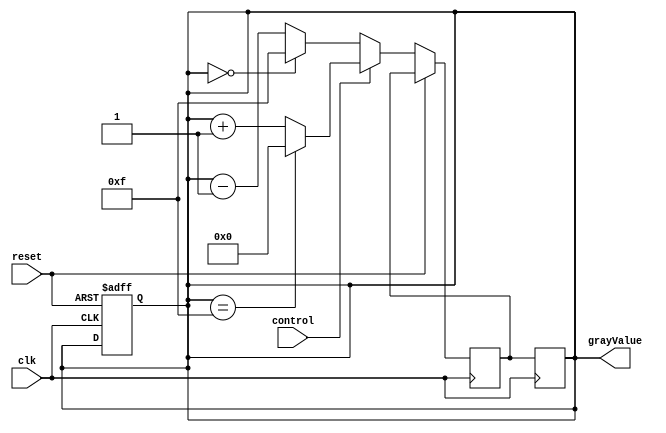
module BidirectionalGrayCounter (
    input wire clk,
    input wire reset,
    input wire control,
    output reg [3:0] grayValue
);

reg [3:0] grayValueNext;

always @ (posedge clk or posedge reset) begin
    if (reset) begin
        grayValue <= 4'b0000;
    end else if (control) begin
        if (grayValue == 4'b1111) begin
            grayValueNext <= 4'b0000;
        end else begin
            grayValueNext <= grayValue + 1;
        end
    end else begin
        if (grayValue == 4'b0000) begin
            grayValueNext <= 4'b1111;
        end else begin
            grayValueNext <= grayValue - 1;
        end
    end
end

always @ (posedge clk) begin
    grayValue <= grayValueNext;
end

endmodule